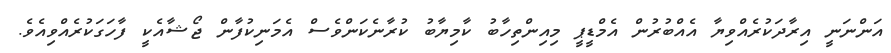
އަންނަނީ އިރާދަކުރެއްވިޔާ އެއްބުރުން އެމްޑީޕީ މިއިންތިހާބު ކާމިޔާބު ކުރާނެކަންވެސް އެމަނިކުފާން ޖޯޝާއެކީ ފާހަގަކުރެއްވިއެވެ.